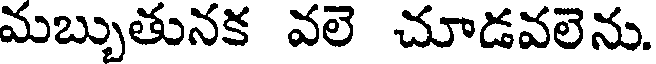
మబ్బుతునక వలె చూడవలెను.